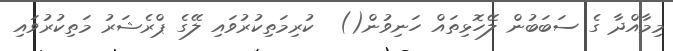
މިމާއްދާ ގެ ސަބަބުން ލޭހޮޅިތައް ހަނިވުން()  ކުރިމަތިކުރުވައި ލޭގެ ޕްރެޝަރު މަތިކުރުވައި